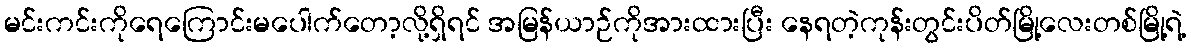
မင်းကင်းကိုရေကြောင်းမပေါက်တော့လို့ရှိရင် အမြန်ယာဉ်ကိုအားထားပြီး နေရတဲ့ကုန်းတွင်းပိတ်မြို့လေးတစ်မြို့ရဲ့